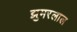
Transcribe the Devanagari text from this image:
झुमरलाल